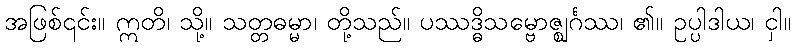
အဖြစ်၎င်း။ ဣတိ၊ သို့။ သတ္တဓမ္မာ၊ တို့သည်။ ပဿဒ္ဓိသမ္ဗောဇ္ဈင်္ဂဿ၊ ၏။ ဥပ္ပါဒါယ၊ ငှါ။